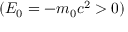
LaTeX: ( E _ { 0 } = - m _ { 0 } c ^ { 2 } > 0 )